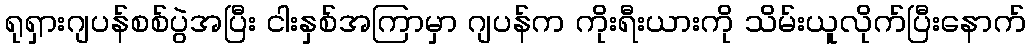
ရုရှားဂျပန်စစ်ပွဲအပြီး ငါးနှစ်အကြာမှာ ဂျပန်က ကိုးရီးယားကို သိမ်းယူလိုက်ပြီးနောက်